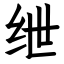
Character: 绁